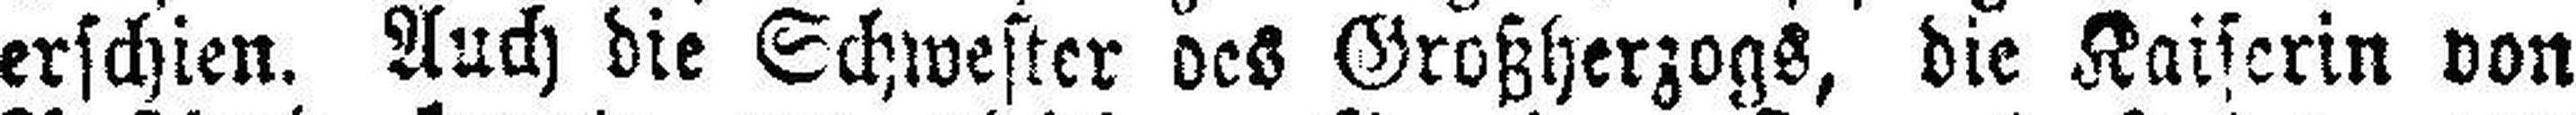
erschien. Auch die Schwester des Großherzogs, die Kaiserin von